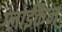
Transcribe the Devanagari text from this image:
ग्लाईकैन